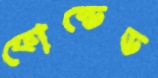
ফোল্ডেড